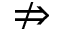
\nRightarrow